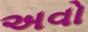
અવો